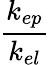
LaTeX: \frac{k_{ep}}{k_{el}}